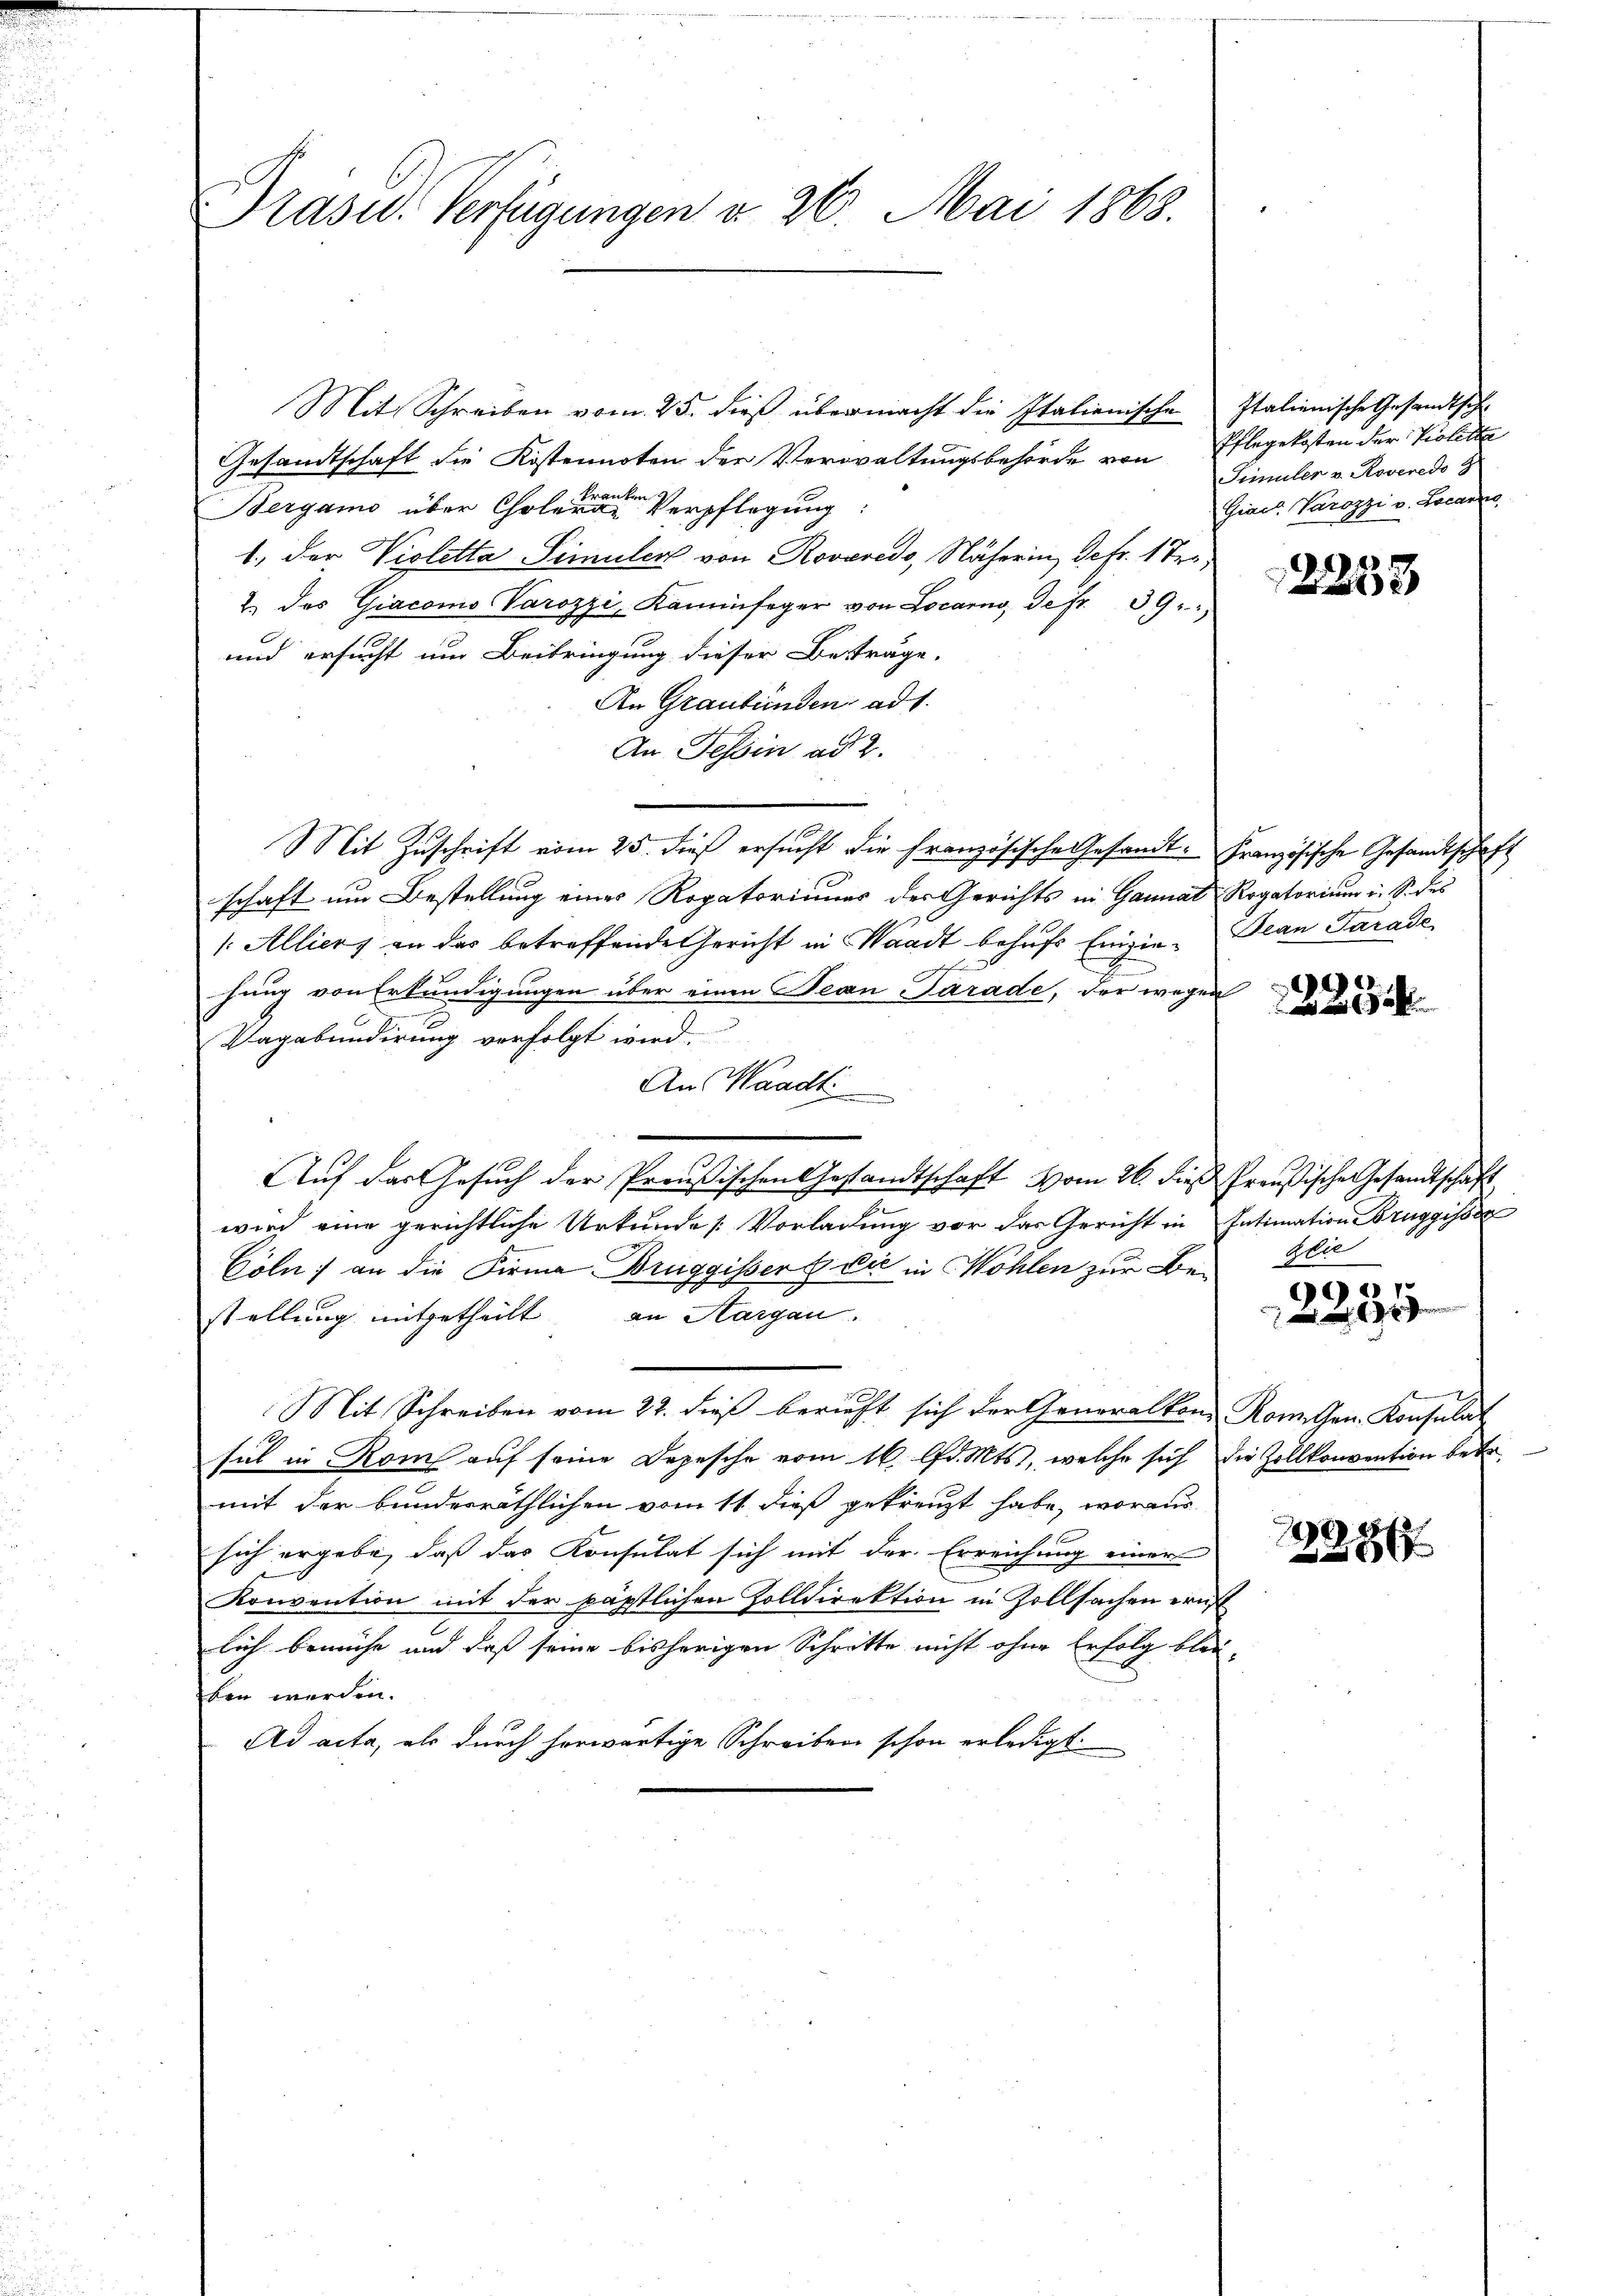
Präsid. Verfügungen v. 26. Mai 1868.

Mit Schreiben vom 25. dieß übermacht die Italienische Italienische Gesandtsch
Gesandtschaft die Kostennoten der Verwaltungsbehörde von Pflegekosten der Violetta
krank
Bergamo über Choleras Verpflegung:
1., der Violetta Simuler von Roveredo, Näherin, Jefr. 1 der
2. das Giacomo Varozzi, Kaminfeger von Locarno, de fr. 39.
und ersucht um Beitringung dieser Beträge.
An Graubünden ad 1.
An Tessin ad 2.
Mit Zuschrift vom 25. dieß ersucht die Französische Gesandt. Französische Gesandtschaft
schaft um Bestellung eines Rogatoriums des Gerichts in Gaunal Rogatorium i. S. des
1: Alliers an das betreffende Gericht in Waadt behufs Einzie-Dean Parade
hung von Erkundigungen über einen Jean Parade, der wegen
Vagabundirung verfolgt wird.
An Waadt
Aŭf das Gesŭch der Preußischen Gestandtschaft vom 26. dieß Preußische Gesandtschaft
wird eine gerichtliche Urkunde Vorladung vor das Gericht in Intimation Bruggisses
Cöln an die Firma Bruggissers die in Wohlen zur Bestellung mitgetheilt an Sargau.
Mit Schreiben vom 22. dieß bericht sich der Generalkon Komithen Konsulat
sul in Rom auf seine Depesche vom 16. lfd. Mts, welche sich die Zollkonvention betr.
mit der bundesräthlichen vom 11. dieß gekreuzt habe, woraus
sich ergebe, daß das Konsulat sich mit der Erreichung einer
Konvention mit der päpstlichen Zolldirektion in Zollsachen ernst
lich bemühe und daß seine bisherigen Schritte nicht ohne Erfolg blei-
ben werden.
Ad acta, als durch herwärtige Schreiben schon erledigt.

Simuler v. Roveredo z
Giae Varozzi v. Locarno,

2253

).
 a

zeir

2231

1828